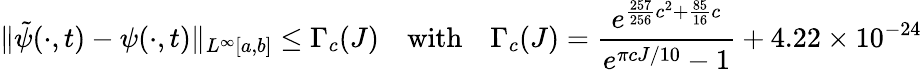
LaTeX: \| \tilde{\psi}(\cdot,t)-\psi(\cdot,t)\| _{L^{\infty}[a,b]}\leq\Gamma_{c}(J)\quad\textrm{with}\quad\Gamma_{c}(J)=\frac{e^{\frac{257}{256}c^{2}+\frac{85}{16}c}}{e^{\pi cJ/10}-1}+4.22\times 10^{-24}